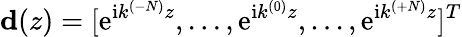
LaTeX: \mathbf{d}(z)=[\mathrm{e}^{\textrm{i}k^{(-N)}z},...,\mathrm{e}^{\textrm{i}k^{(0)}z},...,\mathrm{e}^{\textrm{i}k^{(+N)}z}]^{T}